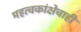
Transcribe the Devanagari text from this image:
महत्वकांक्षेचाही